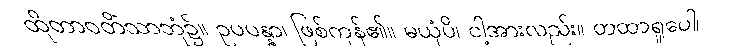
ထိုတာဝတိံသာဘုံ၌။ ဥပပန္နာ၊ ဖြစ်ကုန်၏။ မယှံပိ၊ ငါ့အားလည်း။ တထာရူပေါ၊